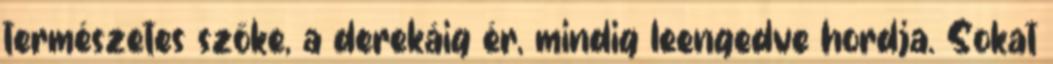
természetes szőke, a derekáig ér, mindig leengedve hordja. Sokat